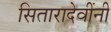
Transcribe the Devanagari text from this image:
सितारादेवींनी